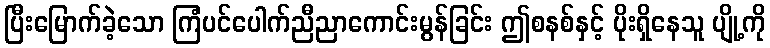
ပြီးမြောက်ခဲ့သော ကြံပင်ပေါက်ညီညာကောင်းမွန်ခြင်း ဤစနစ်နှင့် ပိုးရှိနေသူ ပျို့ကို